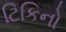
ટિકિનો